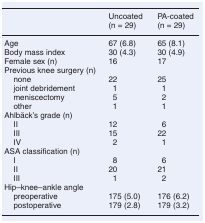
<table><thead><tr><td><b> </b></td><td><b>Uncoated</b></td><td><b>PA-coated</b></td></tr><tr><td><b> </b></td><td><b>(n = 29)</b></td><td><b>(n = 29)</b></td></tr></thead><tbody><tr><td>Age</td><td>67 (6.8)</td><td>65 (8.1)</td></tr><tr><td>Body mass index</td><td>30 (4.3)</td><td>30 (4.9)</td></tr><tr><td>Female sex (n)</td><td>16</td><td>17</td></tr><tr><td colspan="3">Previous knee surgery (n)</td></tr><tr><td> none</td><td>22</td><td>25</td></tr><tr><td> joint debridement</td><td>1</td><td>1</td></tr><tr><td> meniscectomy</td><td>5</td><td>2</td></tr><tr><td> other</td><td>1</td><td>1</td></tr><tr><td colspan="3">Ahlbäck’s grade (n)</td></tr><tr><td> II</td><td>12</td><td>6</td></tr><tr><td> III</td><td>15</td><td>22</td></tr><tr><td> IV</td><td>2</td><td>1</td></tr><tr><td colspan="3">ASA classification (n)</td></tr><tr><td> I</td><td>8</td><td>6</td></tr><tr><td> II</td><td>20</td><td>21</td></tr><tr><td> III</td><td>1</td><td>2</td></tr><tr><td colspan="3">Hip–knee–ankle angle</td></tr><tr><td> preoperative</td><td>175 (5.0)</td><td>176 (6.2)</td></tr><tr><td> postoperative</td><td>179 (2.8)</td><td>179 (3.2)</td></tr></tbody></table>